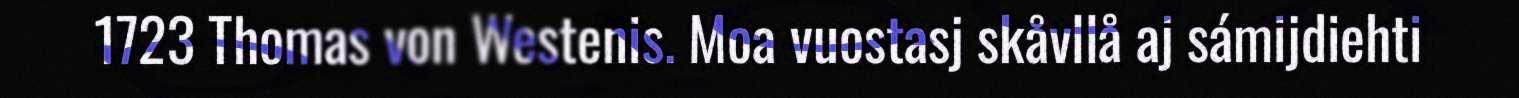
1723 Thomas von Westenis. Moa vuostasj skåvllå aj sámijdiehti